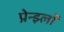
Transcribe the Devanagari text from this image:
प्रेन्झ्लॉ